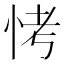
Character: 𪫭